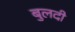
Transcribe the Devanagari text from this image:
बुलदी